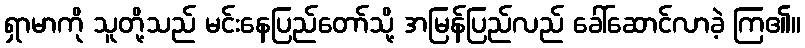
ရှာမာကို သူတို့သည် မင်းနေပြည်တော်သို့ အမြန်ပြည်လည် ခေါ်ဆောင်လာခဲ့ ကြ၏။